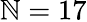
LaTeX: \mathbb{N}=17